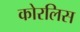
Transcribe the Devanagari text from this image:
कोरलिस